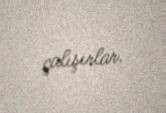
çalışırlar.